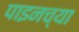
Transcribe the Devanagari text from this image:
पाइनच्या